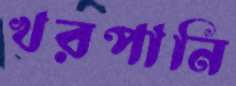
খরপানি